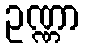
ဥဏ္ဏာ